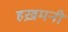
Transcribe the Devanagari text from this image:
हख़मनी